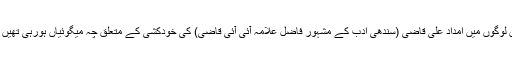
گو مذکورہ تاریخ کا پرچہ میری نظروں سے نہیں گزرا تھا لیکن لوگوں میں امداد علی قاضی (سندھی ادب کے مشہور فاضل علامہ آئی آئی قاضی) کی خودکشی کے متعلق چہ میگوئیاں ہورہی تھیں اس لئے مجھے اس مضمون کے پڑھنے کی خواہش پیدا ہوئی‘‘۔